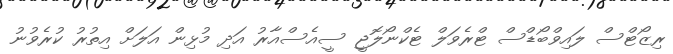
ރިޒޯޓްސް ލައިވްބޯޑްސް ޓްރެވަލް ޓެކްނޯލޮޖީ ސީއެސްއާރު އަދި މުޅިން އަލަށް އިތުރު ކުރެވުނު